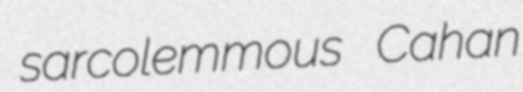
sarcolemmous Cahan